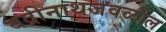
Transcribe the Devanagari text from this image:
बद्रीनाथजवळील